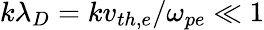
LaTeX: k\lambda_{D}=kv_{th,e}/\omega_{pe}\ll 1